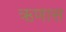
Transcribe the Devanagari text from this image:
ऋणास